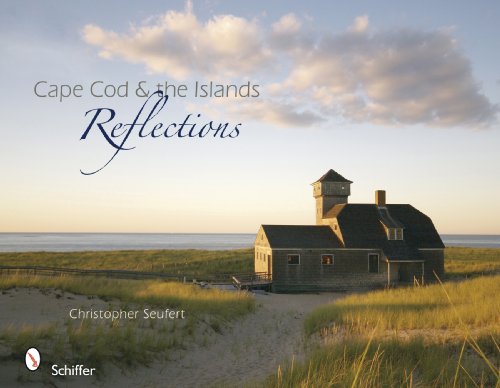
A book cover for Cape Cod & the Islands Reflections; Christopher Seufert; Travel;